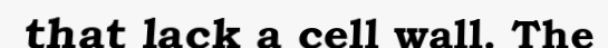
that lack a cell wall. The